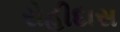
રોહીદાસ